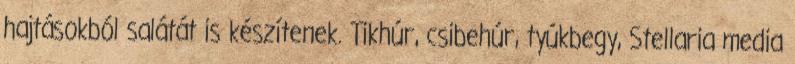
hajtásokból salátát is készítenek. Tikhúr, csibehúr, tyúkbegy, Stellaria media